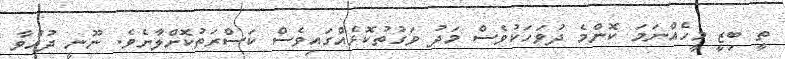
ތީ ބިޒީ މީހެއްނަމަ ކޮންމެ ދުވަހަކުވެސް މަދު ވަގުތުކޮޅެއްގައިވެސް ކަސްރަތުކޮށްލާށެވެ. ނޫނީ ދުއްވާ